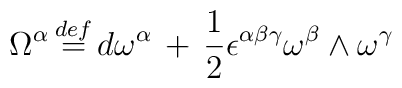
\Omega^\alpha \, {\stackrel{def}{=}} \,d\omega^\alpha\, +\,\frac{1}{2}\epsilon^{\alpha\beta\gamma}\omega^\beta\wedge\omega^\gamma